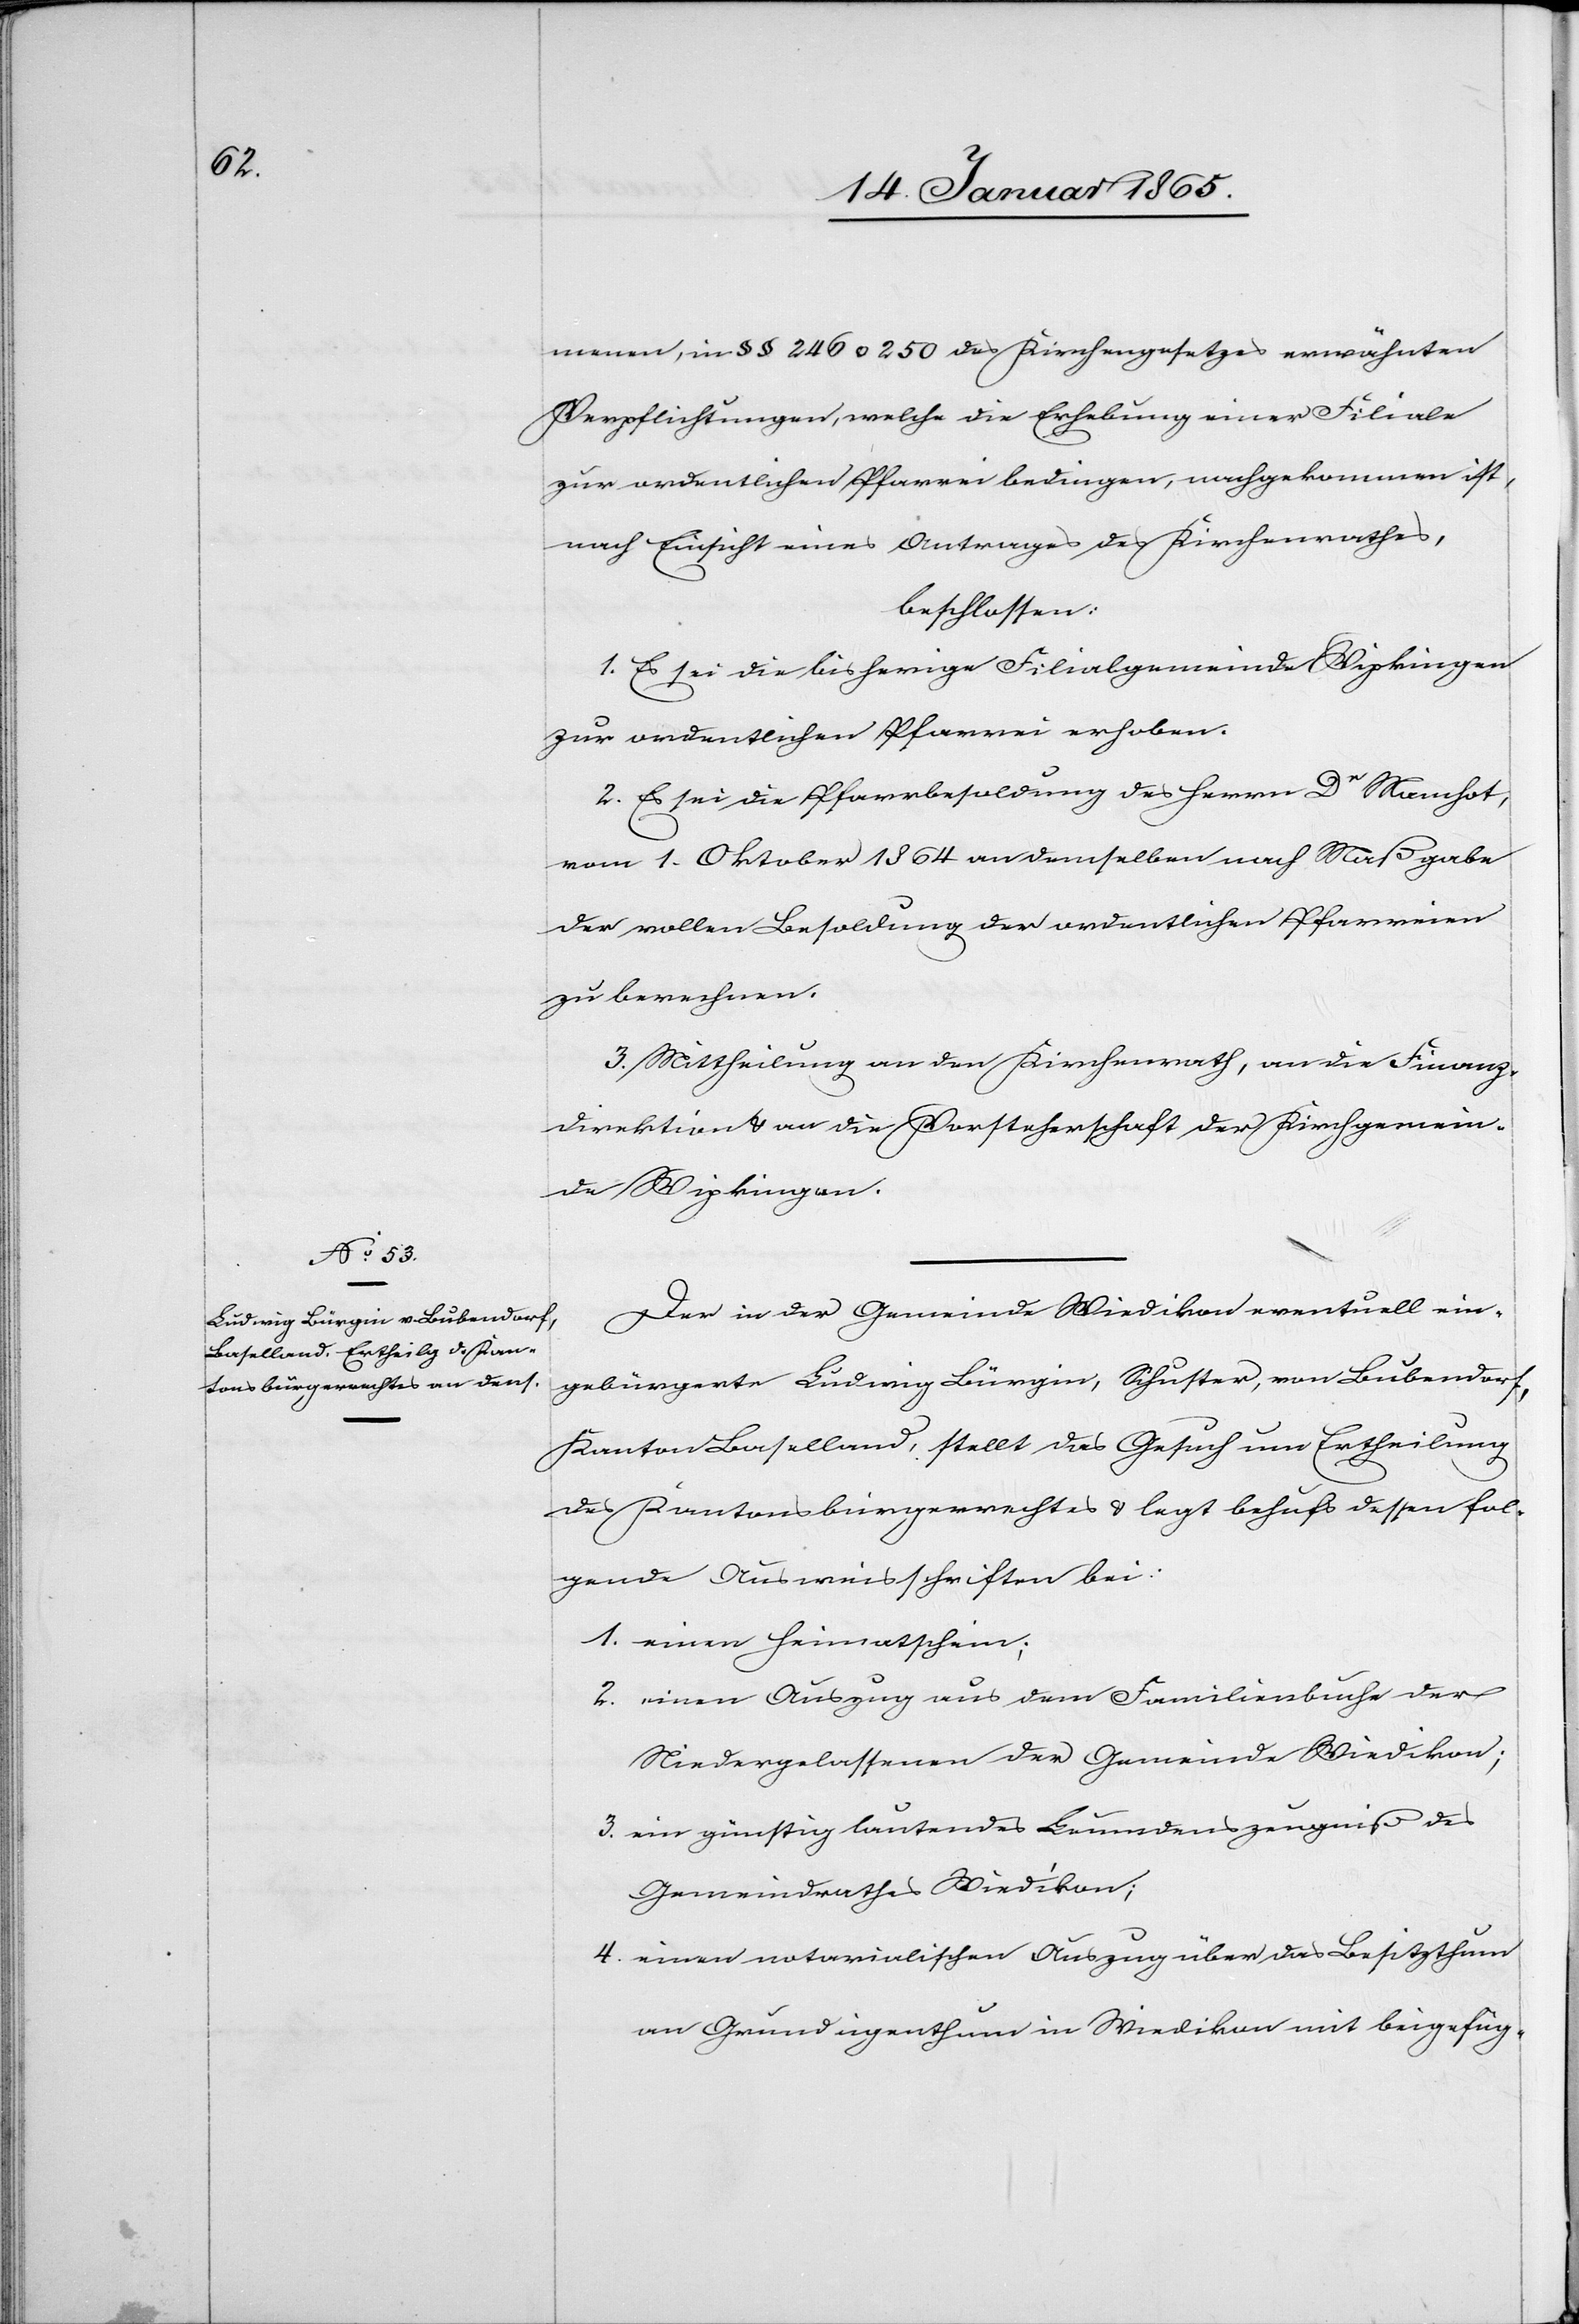
menen, in § § 246 u. 250 des Kirchengesetzes erwähnten
Verpflichtungen, welche die Erhebung einer Filiale
zur ordentlichen Pfarrei bedingen, nachgekommen ist,
nach Einsicht eines Antrages des Kirchenrathes,
beschlossen:
1. Es sei die bisherige Filialgemeinde Wipkingen
zur ordentlichen Pfarrei erhoben.
2. Es sei die Pfarrbesoldung des Herrn Dr Mamhot,
vom 1. Oktober 1864 an demselben nach Maßgabe
der vollen Besoldung der ordentlichen Pfarreien
zu berechnen.
3. Mittheilung an den Kirchenrath, an die Finanz¬
direktion u. an die Vorsteherschaft der Kirchgemein¬
de Wipkingen.
Der in der Gemeinde Wiedikon eventuell ein¬
gebürgerte Ludwig Bürgin, Schuster, von Bubendorf,
Kanton Baselland, stellt das Gesuch um Ertheilung
des Kantonsbürgerrechtes u. legt behufs dessen fol¬
gende Ausweisschriften bei:
1. einen Heimatschein;
2. einen Auszug aus dem Familienbuche der
Niedergelassenen der Gemeinde Wiedikon;
3. ein günstig lautendes Leumdenszeugniß des
Gemeindrathes Wiedikon;
4. einen notarialischen Auszug über das Besitzthum
an Grundeigenthum in Wiedikon mit beigefüg-